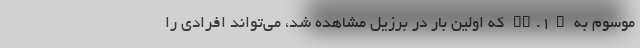
موسوم به "P.۱" که اولین بار در برزیل مشاهده شد، می‌تواند افرادی را